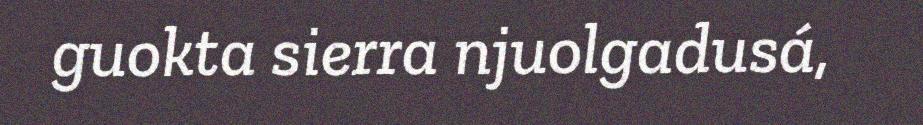
guokta sierra njuolgadusá,